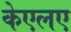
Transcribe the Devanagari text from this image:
केएलए